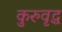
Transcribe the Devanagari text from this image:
कुरुवृद्ध